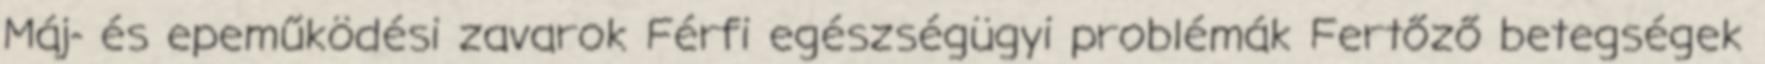
Máj- és epeműködési zavarok Férfi egészségügyi problémák Fertőző betegségek